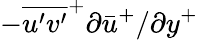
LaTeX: -\overline{{u^{\prime}v^{\prime}}}^{+}\partial\bar{u}^{+}/\partial y^{+}